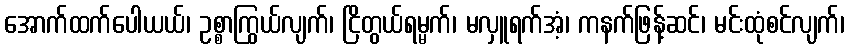
အောက်ထက်ပေါယယ်၊ ဥစ္စာကြွယ်လျက်၊ ငြိတွယ်ရမ္မက်၊ မလှူရက်အံ့၊ ကနက်ဖြန့်ဆင်၊ မင်းထုံစင်လျက်၊